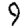
Digit: 9